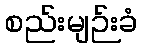
စည်းမျဉ်းခံ